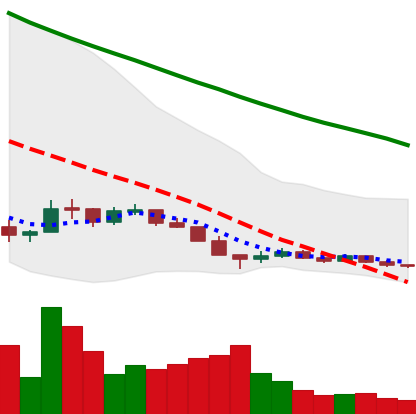
Ticker: ADA-USD
Chart end date: 2018-12-15
Forward return: 39.354%
Label: up_7plus